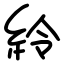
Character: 紷